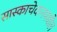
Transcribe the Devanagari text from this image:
सास्काचेवानमधील